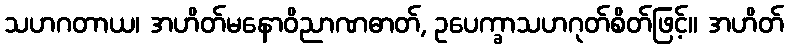
သဟဂတာယ၊ အဟိတ်မနောဝိညာဏဓာတ်, ဥပေက္ခာသဟဂုတ်စိတ်ဖြင့်။ အဟိတ်